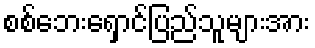
စစ်ဘေးရှောင်ပြည်သူများအား